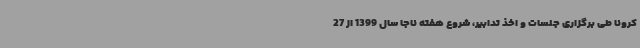
کرونا طی برگزاری جلسات و اخذ تدابیر، شروع هفته ناجا سال 1399 از 27